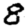
Digit: 8